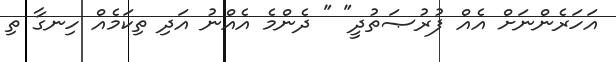
އަހަރެންނަށް އެއް ފުރުޞަތުދީ" " ދެންމެ އެއްނު އަދި ތިކަމެއް ހިނގާ ތި